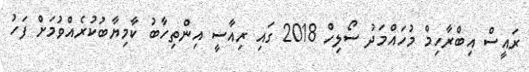
ރައީސް އިބްރާހިމް މުހައްމަދު ސޯލިހް 2018 ގައި ރިއާސީ އިންތިހާބު ކާމިޔާބުކުރެއްވުމަށް ފަހު